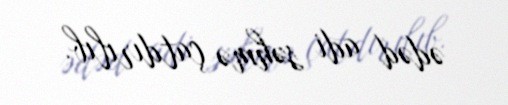
ədəd adi səhmə çatdırılıb.